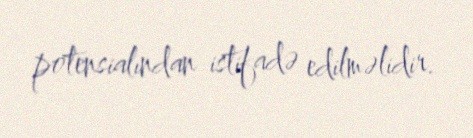
potensialından istifadə edilməlidir.